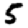
Digit: 5